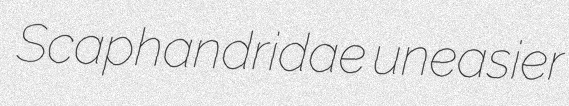
Scaphandridae uneasier